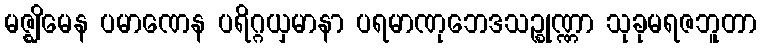
မဇ္ဈိမေန ပမာဏေန ပရိဂ္ဂယှမာနာ ပရမာဏုဘေဒသဉ္စုဏ္ဏာ သုခုမရဇဘူတာ